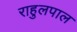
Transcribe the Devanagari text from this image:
राहुलपाल